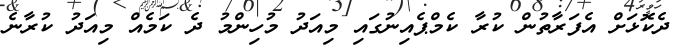
ދެކޮޅަށް އެފަރާތުން ކުރާ ކެމްޕެއިނުގައި މިއަދު މުހިންމު ދެ ކަމެއް މިއަދު ކުރާނެ